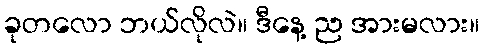
ခုတလော ဘယ်လိုလဲ။ ဒီနေ့ ည အားမလား။